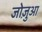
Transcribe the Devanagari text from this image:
जोज़ुआ